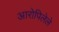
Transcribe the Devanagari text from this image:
आरोपिलेले